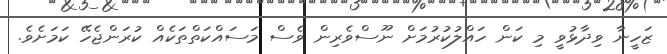
ޒަހީނާ ވިދާޅުވީ މި ކަން ހައްލުކުރުމަށް ނޫސްވެރިން ވެސް މަސައްކަތްތަކެއް ކުރަންޖެހޭ ކަމަށެވެ.